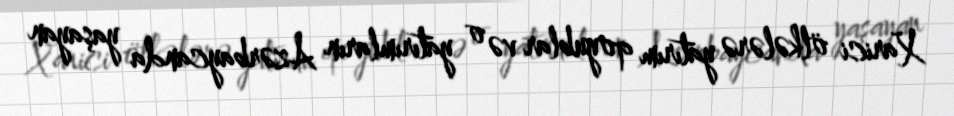
Xarici ölkələrə yatırım qoyublar və o yatırımların Azərbaycanda yaşayan